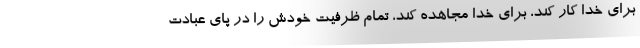
برای خدا کار کند، برای خدا مجاهده کند، تمام ظرفیت خودش را در پای عبادت